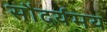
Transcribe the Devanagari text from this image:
सौदर्यमय